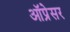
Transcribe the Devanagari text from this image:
ऑप्रेसर